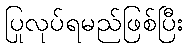
ပြုလုပ်ရမည်ဖြစ်ပြီး